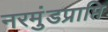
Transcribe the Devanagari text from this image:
नरमुंडप्राप्ति